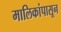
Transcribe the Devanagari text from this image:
मालिकांपासून